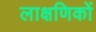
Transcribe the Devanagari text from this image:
लाक्षणिकों